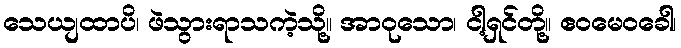
သေယျထာပိ၊ ဖဲသွားရာသကဲ့သို့။ အာဝုသော၊ ငါ့ရှင်တို့။ ဧဝမေဝခေါ၊